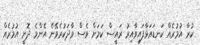
ކުރާ އުމުރެއް ކަނޑައަޅާފައިވާއިރު ރައީސް ކަމަށް ވެސް ވާދަކުރެވޭނެ އެންމެ ދޮށީ އުމުރެއް